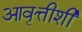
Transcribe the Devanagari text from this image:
आवृत्तीशी